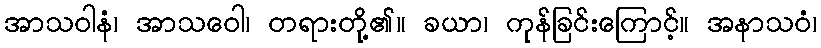
အာသဝါနံ၊ အာသဝေါ၊ တရားတို့၏။ ခယာ၊ ကုန်ခြင်းကြောင့်။ အနာသဝံ၊